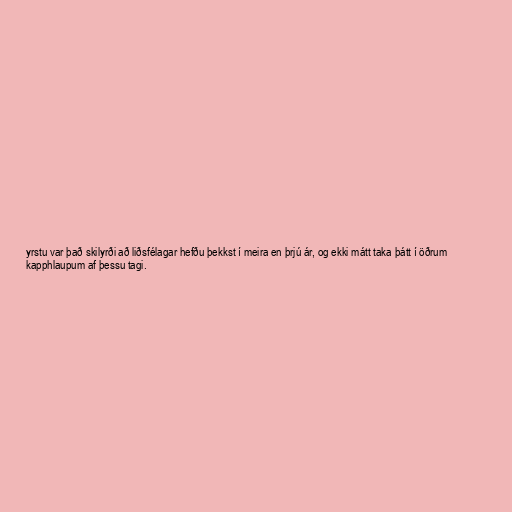
yrstu var það skilyrði að liðsfélagar hefðu þekkst í meira en þrjú ár, og ekki mátt taka þátt í öðrum
kapphlaupum af þessu tagi.